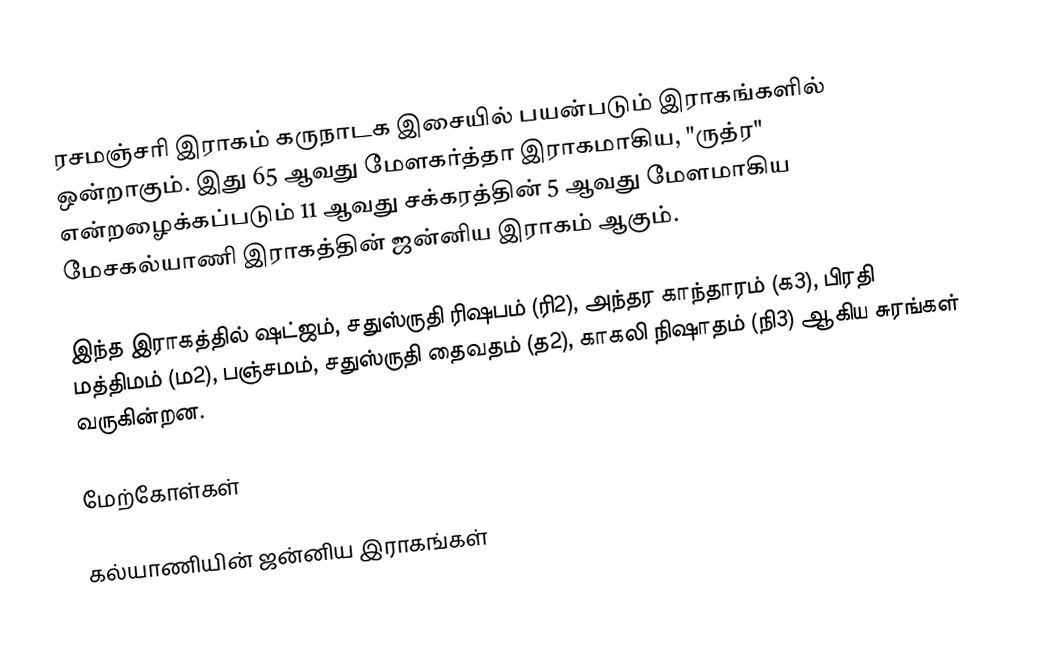
ரசமஞ்சரி இராகம் கருநாடக இசையில் பயன்படும் இராகங்களில் ஒன்றாகும். இது 65 ஆவது மேளகர்த்தா இராகமாகிய, "ருத்ர" என்றழைக்கப்படும் 11 ஆவது சக்கரத்தின் 5 ஆவது மேளமாகிய மேசகல்யாணி இராகத்தின் ஜன்னிய இராகம் ஆகும்.

இந்த இராகத்தில் ஷட்ஜம், சதுஸ்ருதி ரிஷபம் (ரி2), அந்தர காந்தாரம் (க3), பிரதி மத்திமம் (ம2), பஞ்சமம், சதுஸ்ருதி தைவதம் (த2), காகலி நிஷாதம் (நி3) ஆகிய சுரங்கள் வருகின்றன.

மேற்கோள்கள்

கல்யாணியின் ஜன்னிய இராகங்கள்